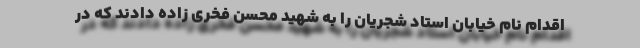
اقدام نام خیابان استاد شجریان را به شهید محسن فخری زاده دادند که در